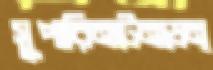
সুপারিনটেনডেন্